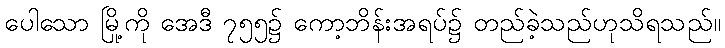
ပေါသော မြို့ကို အေဒီ ၇၅၅၌ ကော့ဘိန်းအရပ်၌ တည်ခဲ့သည်ဟုသိရသည်။